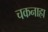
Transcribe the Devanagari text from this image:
चकनाहा